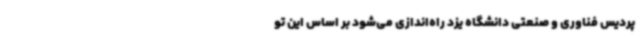
پردیس فناوری و صنعتی دانشگاه یزد راه‌اندازی می‌شود بر اساس این تو